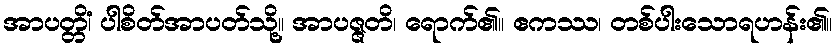
အာပတ္တိံ၊ ပါစိတ်အာပတ်သို့။ အာပဇ္ဇတိ၊ ရောက်၏။ ဧကဿ၊ တစ်ပါးသောရဟန်း၏။